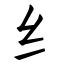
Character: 纟